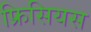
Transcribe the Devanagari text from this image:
फ्रिसियस